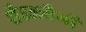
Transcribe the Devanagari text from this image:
शैडलबैगों